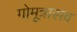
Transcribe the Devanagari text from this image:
गोमूत्रासव